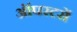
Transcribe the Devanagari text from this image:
ऑपरटरों